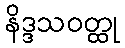
နိဒ္ဒသဝတ္ထု